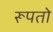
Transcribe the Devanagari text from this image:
रूपतो